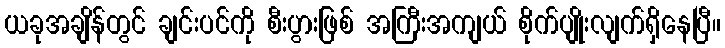
ယခုအချိန်တွင် ချင်းပင်ကို စီးပွားဖြစ် အကြီးအကျယ် စိုက်ပျိုးလျက်ရှိနေပြီ။